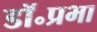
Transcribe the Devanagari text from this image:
डॉ॰प्रभा